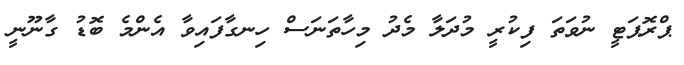
ޕްރޮޕަޓީ ނުވަތަ ފިކުރީ މުދަލާ މެދު މިހާތަނަސް ހިނގާފައިވާ އެންމެ ބޮޑު ގާނޫނީ